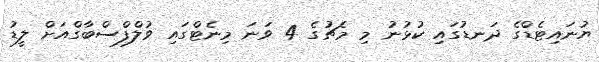
ޔުނައިޓެޑްގެ ދަނޑުގައި ކުޅުނު މި މެޗުގެ 4 ވަނަ މިނެޓްގައި ވުލްފްސްބާގްއަށް ލީޑު